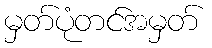
မှတ်ပုံတင်အမှတ်